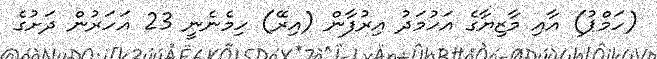
(ހަމްޕު) އާއި މާޒިޔާގެ އަހުމަދު އިރުފާން (އިރޭ) ހިމެެނެނީ 23 އަހަރުން ދަށުގެ